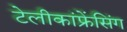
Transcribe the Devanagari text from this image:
टेलीकांफ्रेंसिंग